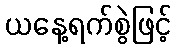
ယနေ့ရက်စွဲဖြင့်